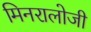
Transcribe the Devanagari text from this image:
मिनरालोजी